Civil Veterinary Dept. Bombay admin report 1900-1906 - 1900-1906
Year: 1900
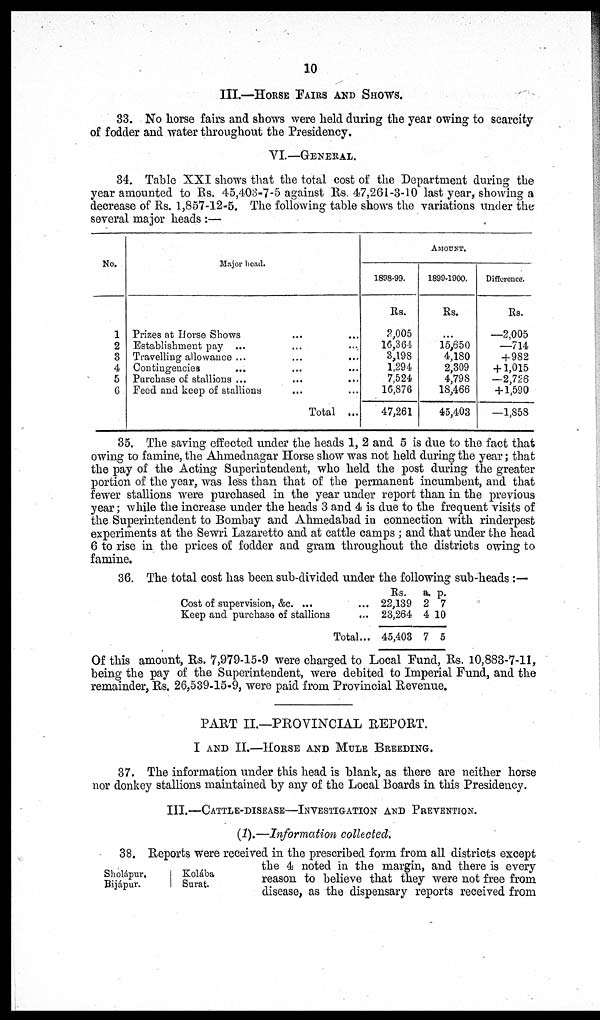
10
III.—HORSE FAIRS AND SHOWS.
33. No horse fairs and shows were held during the year owing to scarcity
of fodder and water throughout the Presidency.
VI.—GENERAL.
34. Table XXI shows that the total cost of the Department during the
year amounted to Rs. 45,403-7-5 against Rs. 47,261-3-10 last year, showing a
decrease of Rs. 1,857-12-5. The following table shows the variations under the
several major heads:—
No.
1
2
3
4
5
6
Major head.
Prizes at Horse Shows ... ...
Establishment pay ... ... ...
Travelling allowance ... ... ...
Contingencies ... ... ...
Purchase of stallions ... ... ...
Feed and keep of stallions ... ...
Total ...
AMOUNT
1898-99.
Rs.
2,005
16,364
3,198
1,294
7,524
16,876
47,261
1899-1900.
Rs.
...
15,650
4,180
2,309
4,798
18,466
45,403
Difference.
Rs.
—2,005
—714
+982
+ 1,015
—2,726
+ 1,590
—1,858
35. The saving effected under the heads 1, 2 and 5 is due to the fact that
owing to famine, the Ahmednagar Horse show was not held during the year; that
the pay of the Acting Superintendent, who held the post during the greater
portion of the year, was less than that of the permanent incumbent, and that
fewer stallions were purchased in the year under report than in the previous
year; while the increase under the heads 3 and 4 is due to the frequent visits of
the Superintendent to Bombay and Ahmedabad in connection with rinderpest
experiments at the Sewri Lazaretto and at cattle camps; and that under the head
6 to rise in the prices of fodder and gram throughout the districts owing to
famine.
36. The total cost has been sub-divided under the following sub-heads:—
Cost of supervision, &c. ... ...
Keep and purchase of stallions ...
Total...
Rs.
22,139
23,264
45,403
a.
2
4
7
p.
7
10
5
Of this amount, Rs. 7,979-15-9 were charged to Local Fund, Rs. 10,883-7-11,
being the pay of the Superintendent, were debited to Imperial Fund, and the
remainder, Rs. 26,539-15-9, were paid from Provincial Revenue.
PART II.—PROVINCIAL REPORT.
I AND II.—HORSE AND MULE BREEDING.
37. The information under this head is blank, as there are neither horse
nor donkey stallions maintained by any of the Local Boards in this Presidency.
III.—CATTLE DISEASES—INVESTIGATION AND PERVENTION.
(1).—Information collected.
Sholápur,
Bijápur.
Kolába
Surat.
38. Reports were received in the prescribed form from all districts except
the 4 noted in the margin, and there is every
reason to believe that they were not free from
disease, as the dispensary reports received from